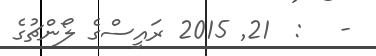
-   :  21